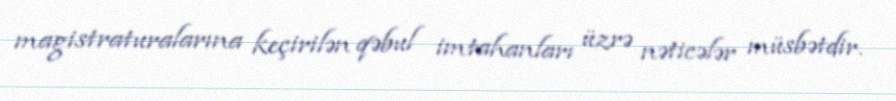
magistraturalarına keçirilən qəbul imtahanları üzrə nəticələr müsbətdir.